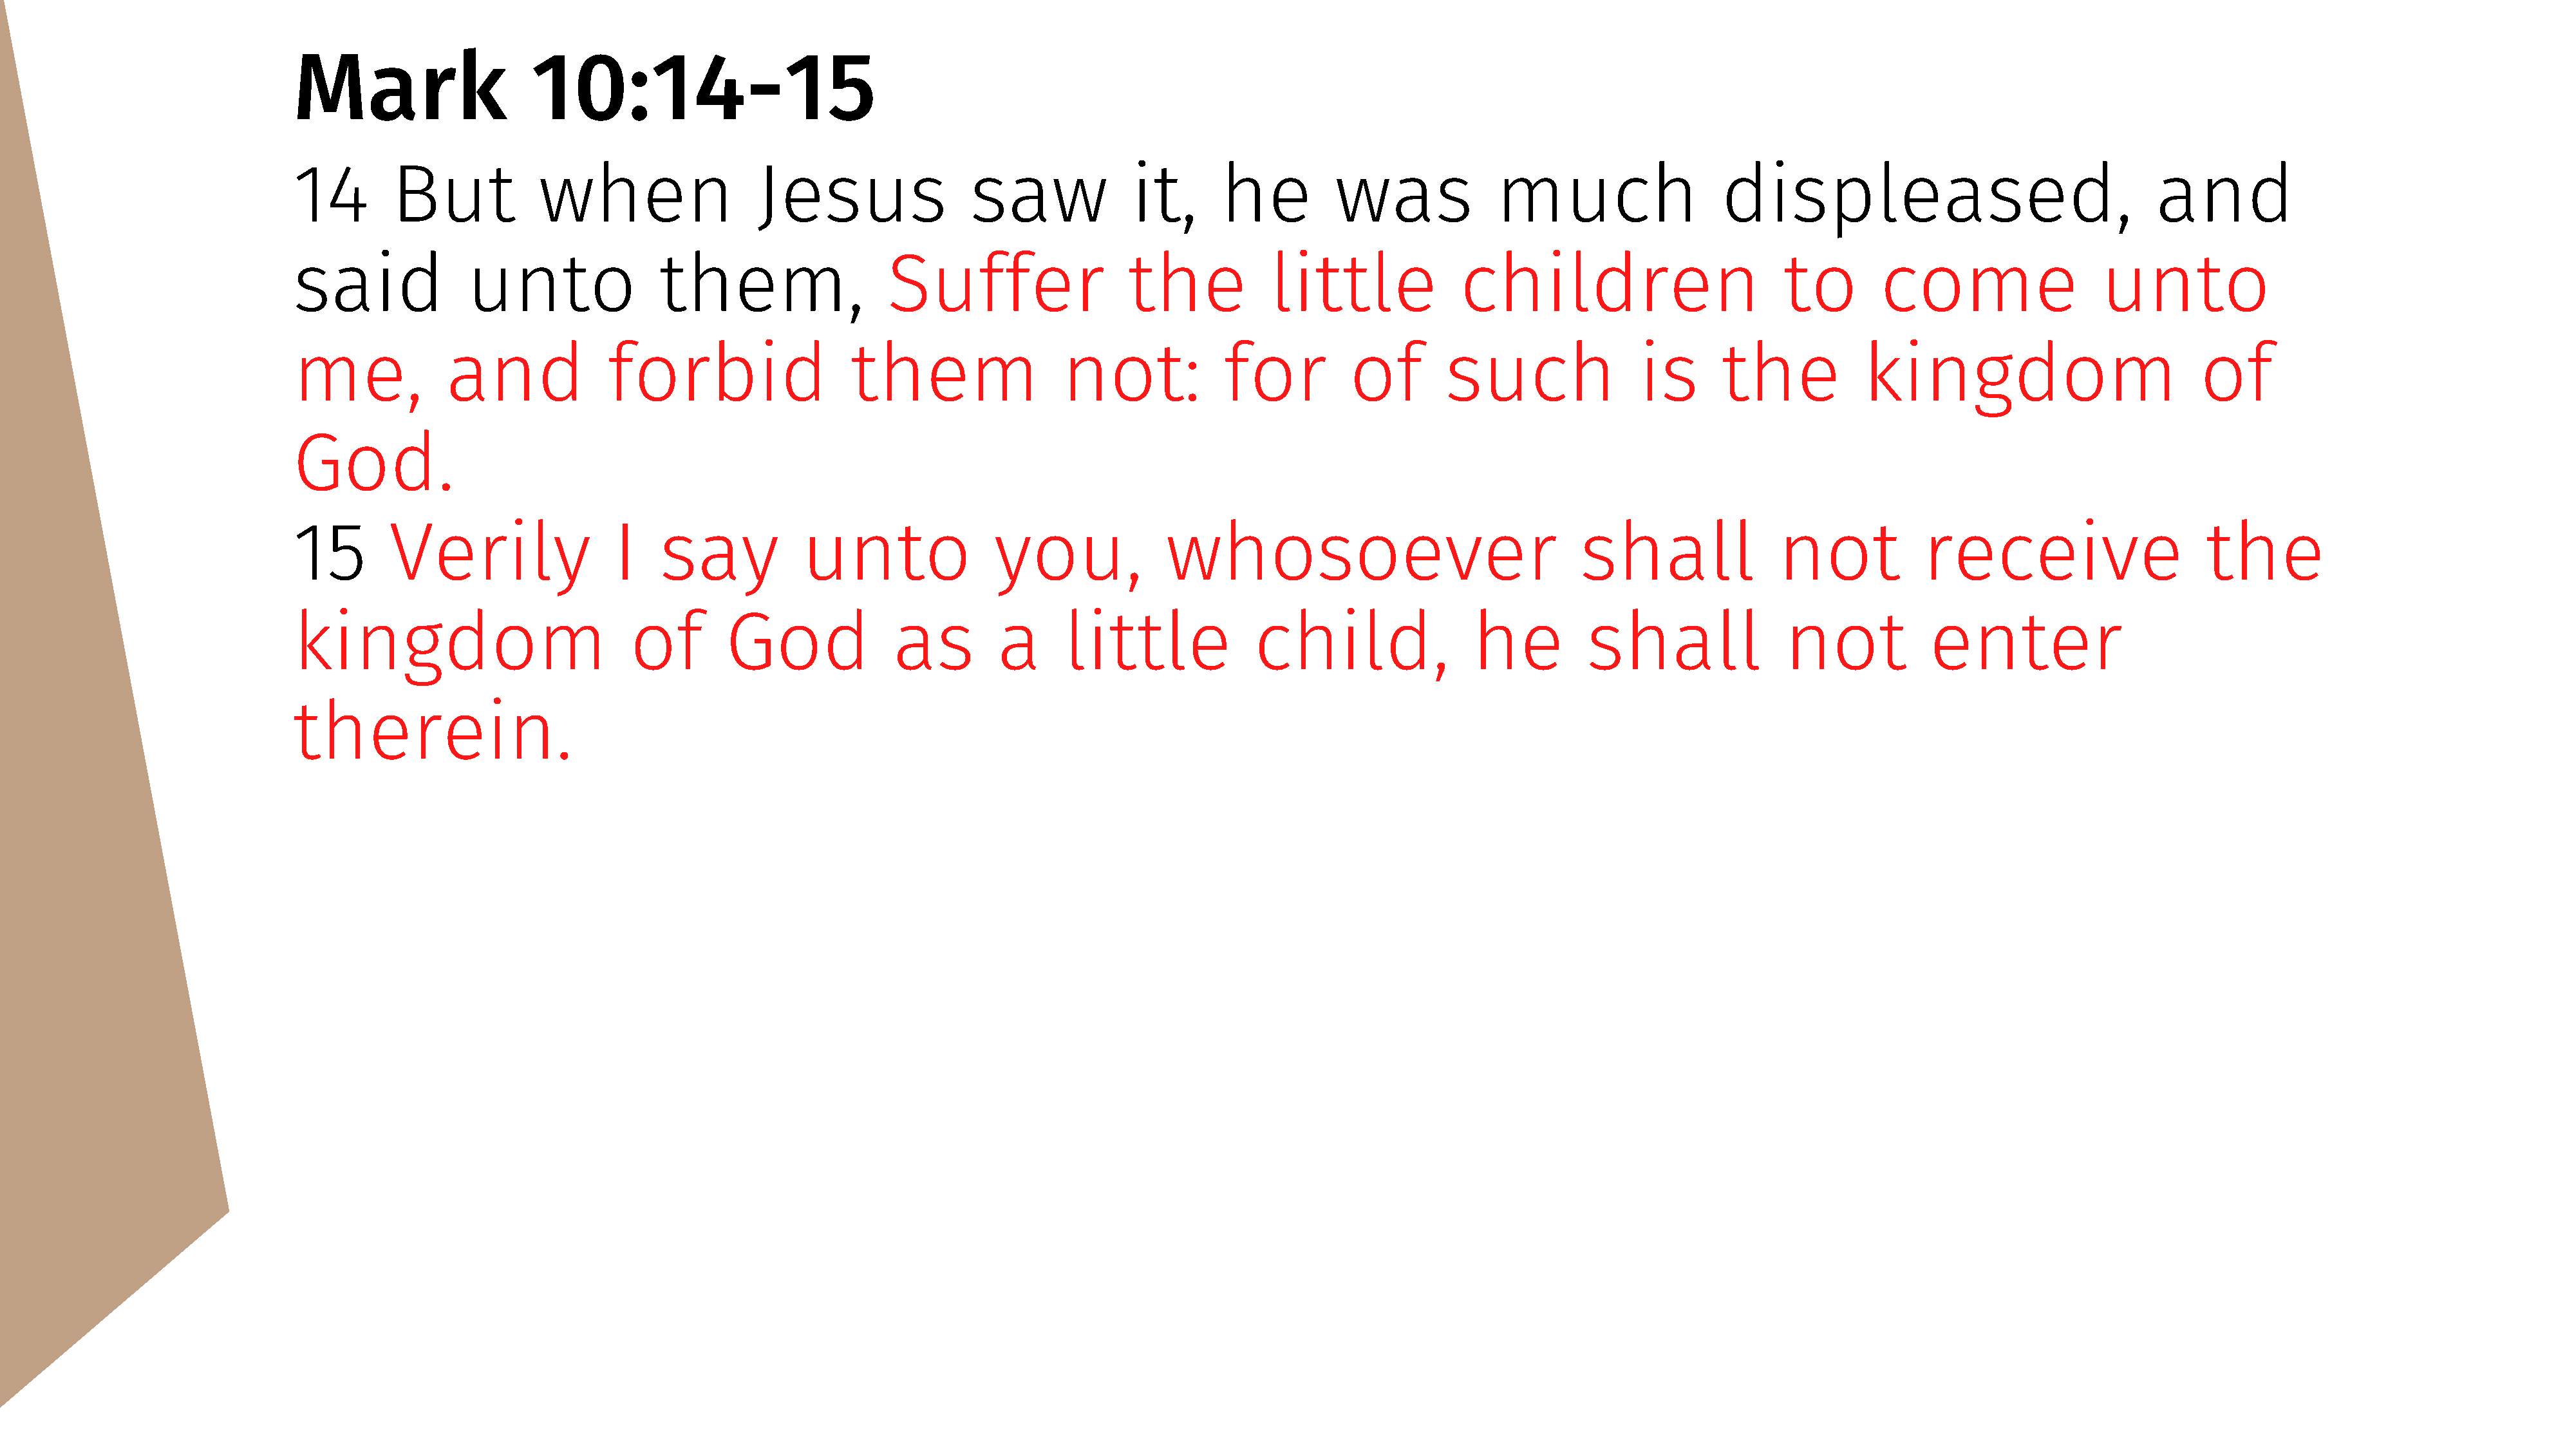
Mark                     10:14-15
 14        But            when                   Jesus                 saw             it,      he          was              much                   displeased,                                  and
 said              unto                them,                  Suffer                   the            little             children                         to        come                   unto
 me,             and             forbid                   them                  not:             for          of        such               is       the            kingdom                           of
 God.
 15        Verily                 I    say           unto                you,              whosoever                                 shall                not            receive                      the
 kingdom                            of        God              as         a     little              child,                he          shall               not            enter
 therein.